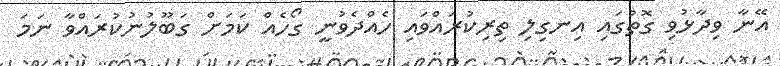
އޭނާ ވިދާޅުވި ގޮތުގައި އިނގިލި ތިރިކުރައްވައި ހެއްދެވުނީ ގޯހެއް ކަމަށް ގަބޫލުނުކުރައްވާ ނަމަ